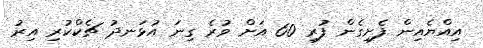
އިއްޔެއިން ފެށިގެން ފުރި 60 އަށް ވުރެ ގިނަ އުޅަނދު ޗެކްކުރި އިރު